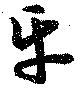
平